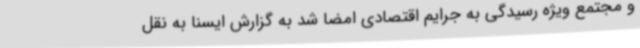
و مجتمع ویژه رسیدگی به جرایم اقتصادی امضا شد به گزارش ایسنا به نقل